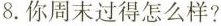
8.你周末过得怎么样?